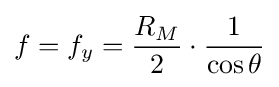
f=f_{y}={\frac {R_{M}}{2}}\cdot {\frac {1}{\cos \theta }}